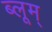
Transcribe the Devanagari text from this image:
ब्लूम्